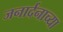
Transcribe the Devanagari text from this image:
जनार्दनाच्या